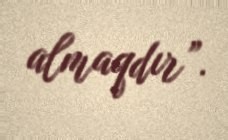
almaqdır”.